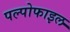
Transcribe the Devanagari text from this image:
पल्पोफाइल